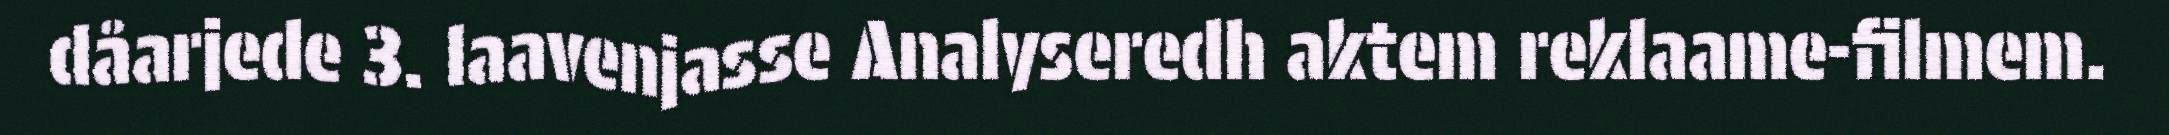
dåarjede 3. laavenjasse Analyseredh aktem reklaame-filmem.